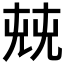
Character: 𠒔